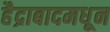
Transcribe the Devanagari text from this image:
हैद्राबादमधून